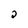
Character: 2